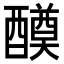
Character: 𨣆